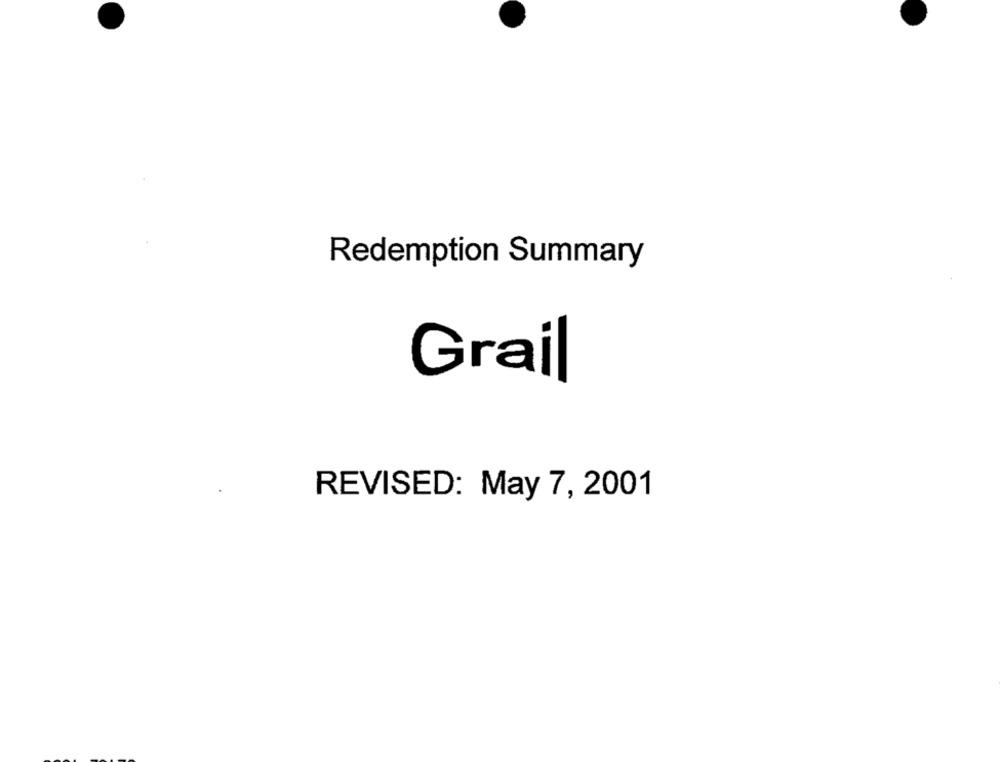
Redemption Summary
Grail
REVISED: May 7, 2001